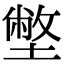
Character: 𡐞